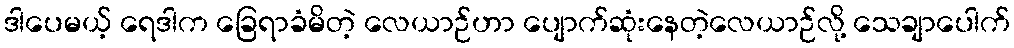
ဒါပေမယ့် ရေဒါက ခြေရာခံမိတဲ့ လေယာဉ်ဟာ ပျောက်ဆုံးနေတဲ့လေယာဉ်လို့ သေချာပေါက်